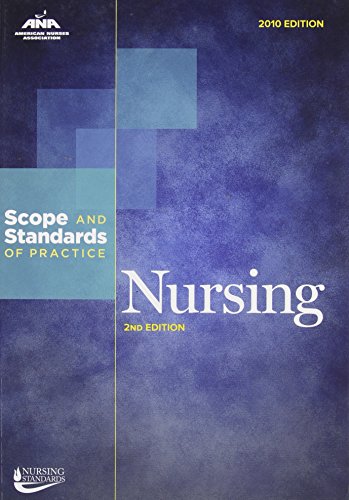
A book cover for Nursing: Scope and Standards of Practice; Ana; Medical Books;